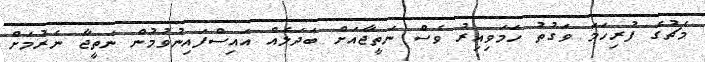
މެޗުގެ ފުރިހަމަ ވަގުތު ހަމަވިއިރު ވެސް ނަތީޖާއަށް ބަދަލެއް އައިސްފައިނުވުމުން ނަތީޖާ ނެރުމަށް